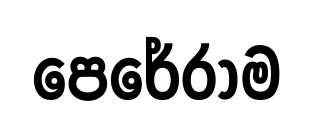
පෙරේරාම